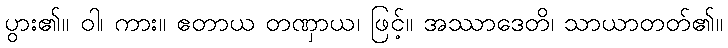
ပွား၏။ ဝါ၊ ကား။ ဧတာယ တဏှာယ၊ ဖြင့်။ အဿာဒေတိ၊ သာယာတတ်၏။